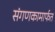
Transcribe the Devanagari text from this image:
संगणकामार्फत